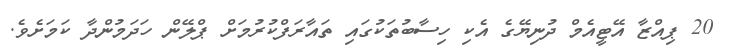
20 ޕިއްޒާ އޭޓީއެމް ދުނިޔޭގެ އެކި ހިސާބުތަކުގައި ތައާރަފްކުރުމަށް ޕްލޭން ހަދަމުންދާ ކަމަށެވެ.